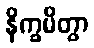
နိက္ခမိတွာ